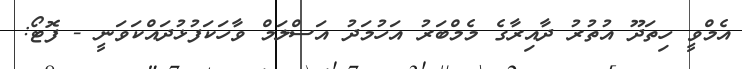
އެމްވީ ހިތަދޫ އުތުރު ދާއިރާގެ މެމްބަރު އަހުމަދު އަސްލަމް ވާހަކަފުޅުދައްކަވަނީ - ފޮޓޯ: